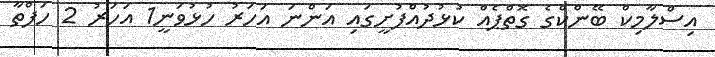
އިސްލާމިކް ބޭންކްގެ ގޮތްޕެއް ކުޅުދުއްފުށީގައި އަންނަ އަހަރު ހުޅުވަނީ1 އަހަރު 2 ހަފްތާ